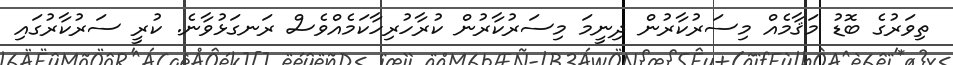
ތިވަރުގެ ބޮޑު މަޤާމެއް މިސަރުކާރުން ދިނީމަ މިސަރުކާރުން ކުރާހުރިހާކަމެއްވެސް ރަނގަޅުވާނެ. ކުރީ ސަރުކާރުގައި